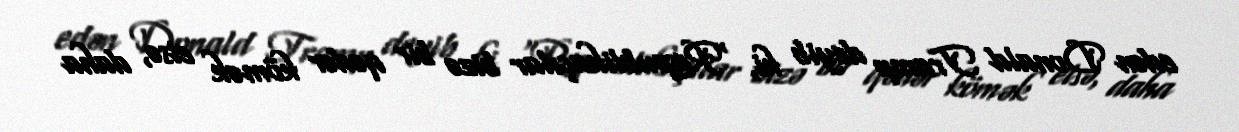
edən Donald Tramp deyib ki, "Respublikaçılar bizə bir qədər kömək etsə, daha